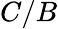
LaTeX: C/B